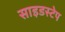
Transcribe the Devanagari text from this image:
साइडस्टेप